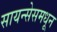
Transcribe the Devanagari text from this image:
सायन्सेसमधून